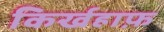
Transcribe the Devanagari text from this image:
किर्खहाफ़